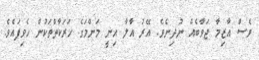
ވެސް އާޒިމާ ޖަވާބެއް ނުދިނެވެ. އޭރު އާލާ އިނީ މަންމަގެ ހަރަކާތްތަކުން ހެވިފައެވެ.